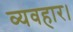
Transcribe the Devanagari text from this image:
व्‍यवहार।